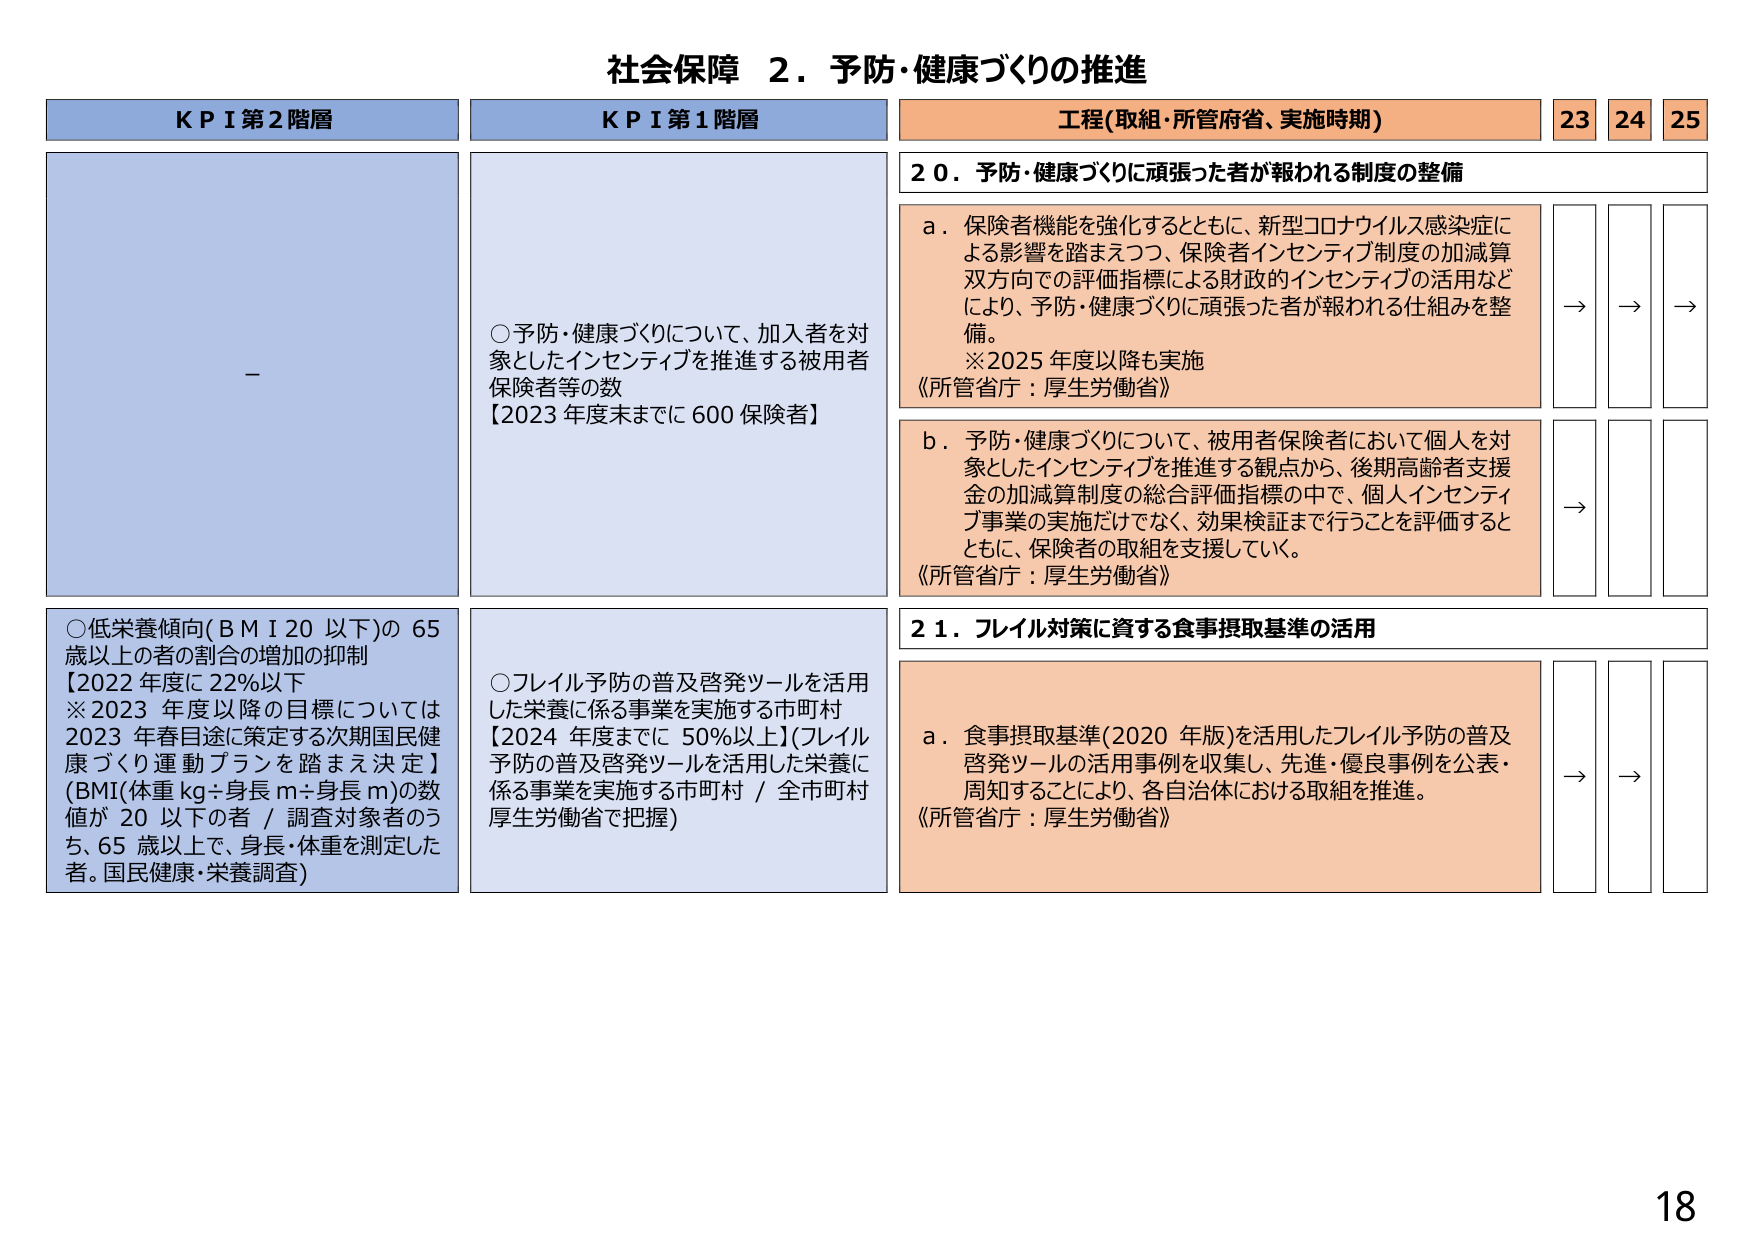
社会保障 ２．予防・健康づくりの推進

KPI第2階層
-

KPI第1階層
○予防・健康づくりについて、加入者を対象としたインセンティブを推進する被用者保険者等の数
【2023年度末までに600保険者】

○低栄養傾向（BMI 20以下）の65歳以上の者の割合の増加の抑制
【2022年度に22％以下
※2023年度以降の目標については2023年春目途に策定する次期国民健康づくり運動プランを踏まえ決定】
（BMI（体重kg÷身長m÷身長m）の数値が20以下の者／調査対象者のうち、65歳以上で、身長・体重を測定した者。国民健康・栄養調査）

○フレイル予防の普及啓発ツールを活用した栄養に係る事業を実施する市町村
【2024年度までに50％以上】（フレイル予防の普及啓発ツールを活用した栄養に係る事業を実施する市町村／全市町村 厚生労働省で把握）

工程（取組・所管府省、実施時期）
23 24 25

20．予防・健康づくりに頑張った者が報われる制度の整備

a．保険者機能を強化するとともに、新型コロナウイルス感染症による影響を踏まえつつ、保険者インセンティブ制度の加減算双方向での評価指標による財政的インセンティブの活用などにより、予防・健康づくりに頑張った者が報われる仕組みを整備。
※2025年度以降も実施
《所管省庁：厚生労働省》

→ → →

b．予防・健康づくりについて、被用者保険者において個人を対象としたインセンティブを推進する観点から、後期高齢者支援金の加減算制度の総合評価指標の中で、個人インセンティブ事業の実施だけでなく、効果検証まで行うことを評価するとともに、保険者の取組を支援していく。
《所管省庁：厚生労働省》

→

21．フレイル対策に資する食事摂取基準の活用

a．食事摂取基準（2020年版）を活用したフレイル予防の普及啓発ツールの活用事例を収集し、先進・優良事例を公表・周知することにより、各自治体における取組を推進。
《所管省庁：厚生労働省》

→ → →

18